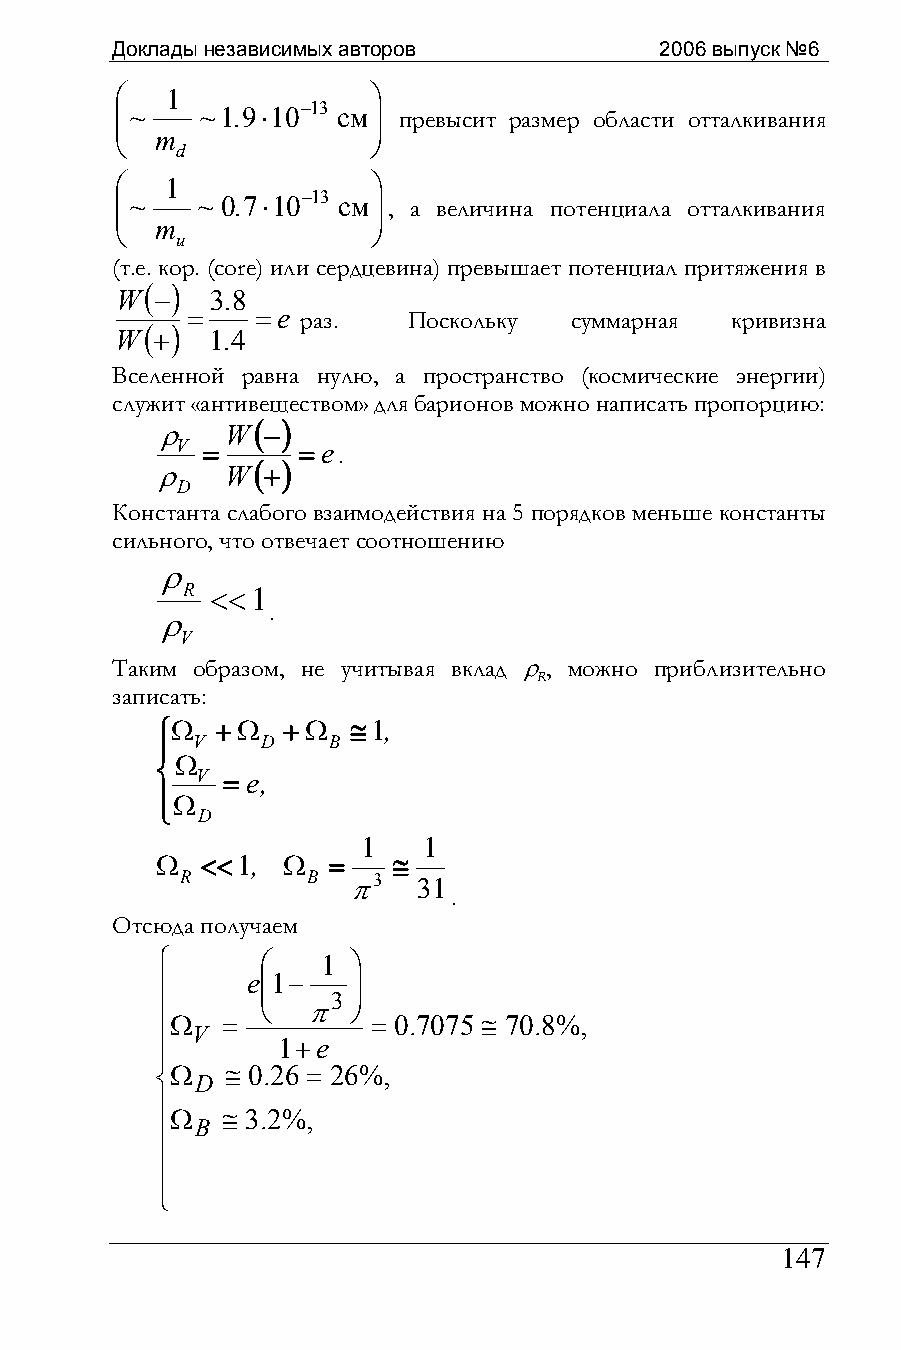
Доклады независимых авторов          2006 выпуск №6
 ⎛  1             ⎞
 ⎜~   ~1.9⋅10−13 см⎟ превысит размер области отталкивания
 ⎜                ⎟
 m
 ⎝                ⎠
 d
 ⎛  1             ⎞
 ⎜~   ~ 0.7⋅10−13 см⎟, а величина потенциала отталкивания
 ⎜                ⎟
 m
 ⎝                ⎠
 u
 (т.е. кор. (core) или сердцевина) превышает потенциал притяжения в
 ( )
 W −   3.8
 =    =e раз.   Поскольку  суммарная кривизна
 ( )
 W +   1.4
 Вселенной равна нулю, а пространство (космические энергии)
 служит «антивеществом» для барионов можно написать пропорцию:
 ( )
 ρ    W −
 V =     = e.
 ( )
 ρ    W +
 D
 Константа слабого взаимодействия на 5 порядков меньше константы
 сильного, что отвечает соотношению
 ρ
 R <<1
 .
 ρ
 V
 Таким образом, не учитывая вклад ρ, можно приблизительно
 R
 записать:
 ⎧Ω  +Ω   +Ω  ≅1,
 ⎪  V   D    B
 Ω
 ⎨
 V = e,
 ⎪Ω
 ⎩
 D
 1   1
 Ω  <<1,  Ω  =   ≅
 R       B  π3   31
 .
 Отсюда получаем
 ⎧      ⎛   1 ⎞
 e⎜1−   ⎟
 ⎪      ⎜     ⎟
 3
 ⎪      ⎝  π  ⎠
 Ω   =         = 0.7075 ≅ 70.8%,
 V
 ⎪       1+e
 ⎪
 ⎨Ω
 D
 ≅ 0.26 = 26%,
 ⎪
 Ω   ≅ 3.2%,
 B
 ⎪
 ⎪
 ⎪
 ⎩
 147